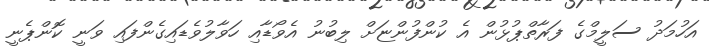
އަހުމަދު ސަލީމްގެ ފަރާތްޕުޅުން އެ ކުންފުންޏަށް ލިބުނު އެވޯޑާއި ހަވާލުވެޑައިގެންފައި ވަނީ ކޮންޕެނީ